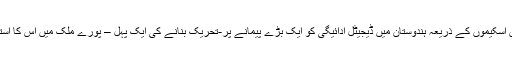
اور ان دونوں اسکیموں کے ذریعہ ہندوستان میں ڈیجیٹل ادائیگی کو ایک بڑے پیمانے پر-تحریک بنانے کی ایک پہل – پورے ملک میں اس کا استقبال ہوا ہے۔